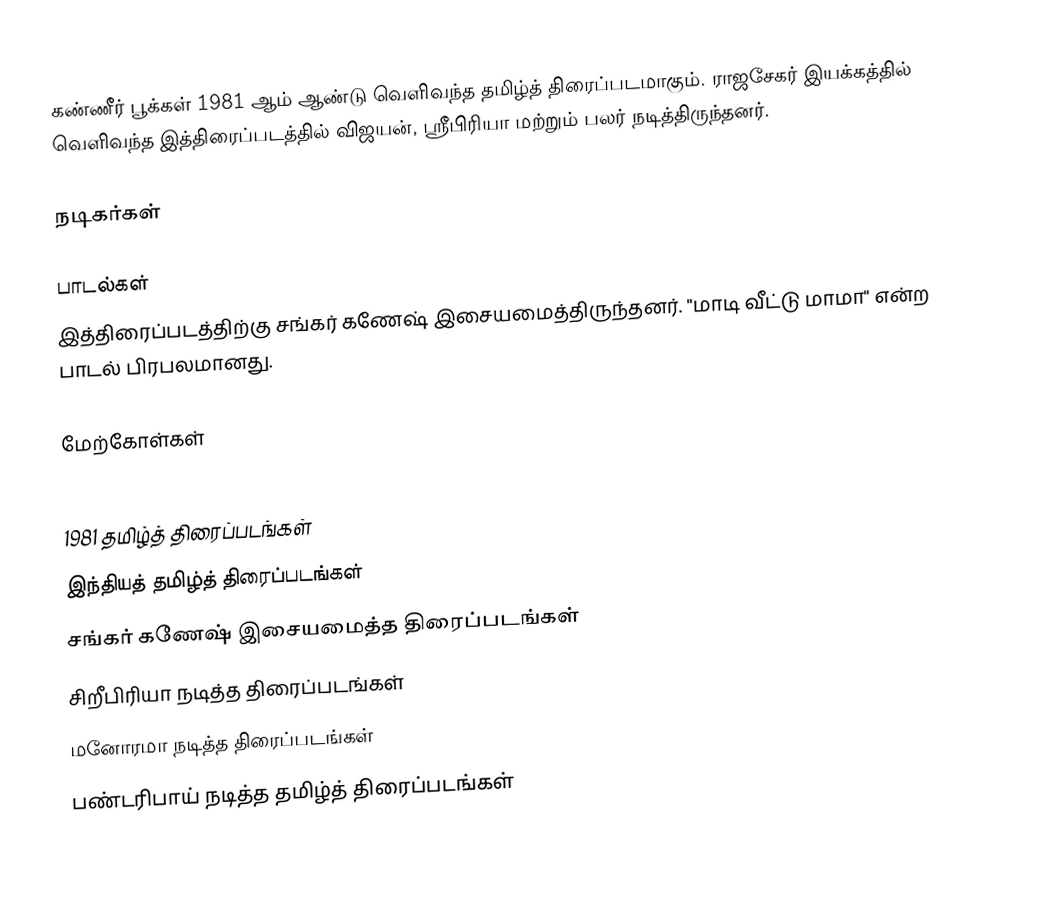
கண்ணீர் பூக்கள் 1981 ஆம் ஆண்டு வெளிவந்த தமிழ்த் திரைப்படமாகும். ராஜசேகர் இயக்கத்தில் வெளிவந்த இத்திரைப்படத்தில் விஜயன், ஸ்ரீபிரியா மற்றும் பலர் நடித்திருந்தனர்.

நடிகர்கள்

பாடல்கள்
இத்திரைப்படத்திற்கு சங்கர் கணேஷ் இசையமைத்திருந்தனர். "மாடி வீட்டு மாமா" என்ற பாடல் பிரபலமானது.

மேற்கோள்கள்

1981 தமிழ்த் திரைப்படங்கள்
இந்தியத் தமிழ்த் திரைப்படங்கள்
சங்கர் கணேஷ் இசையமைத்த திரைப்படங்கள்
சிறீபிரியா நடித்த திரைப்படங்கள்
மனோரமா நடித்த திரைப்படங்கள்
பண்டரிபாய் நடித்த தமிழ்த் திரைப்படங்கள்